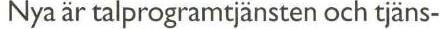
Nya är talprogramtjänsten och tjäns-